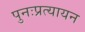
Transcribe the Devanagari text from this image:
पुनःप्रत्यायन